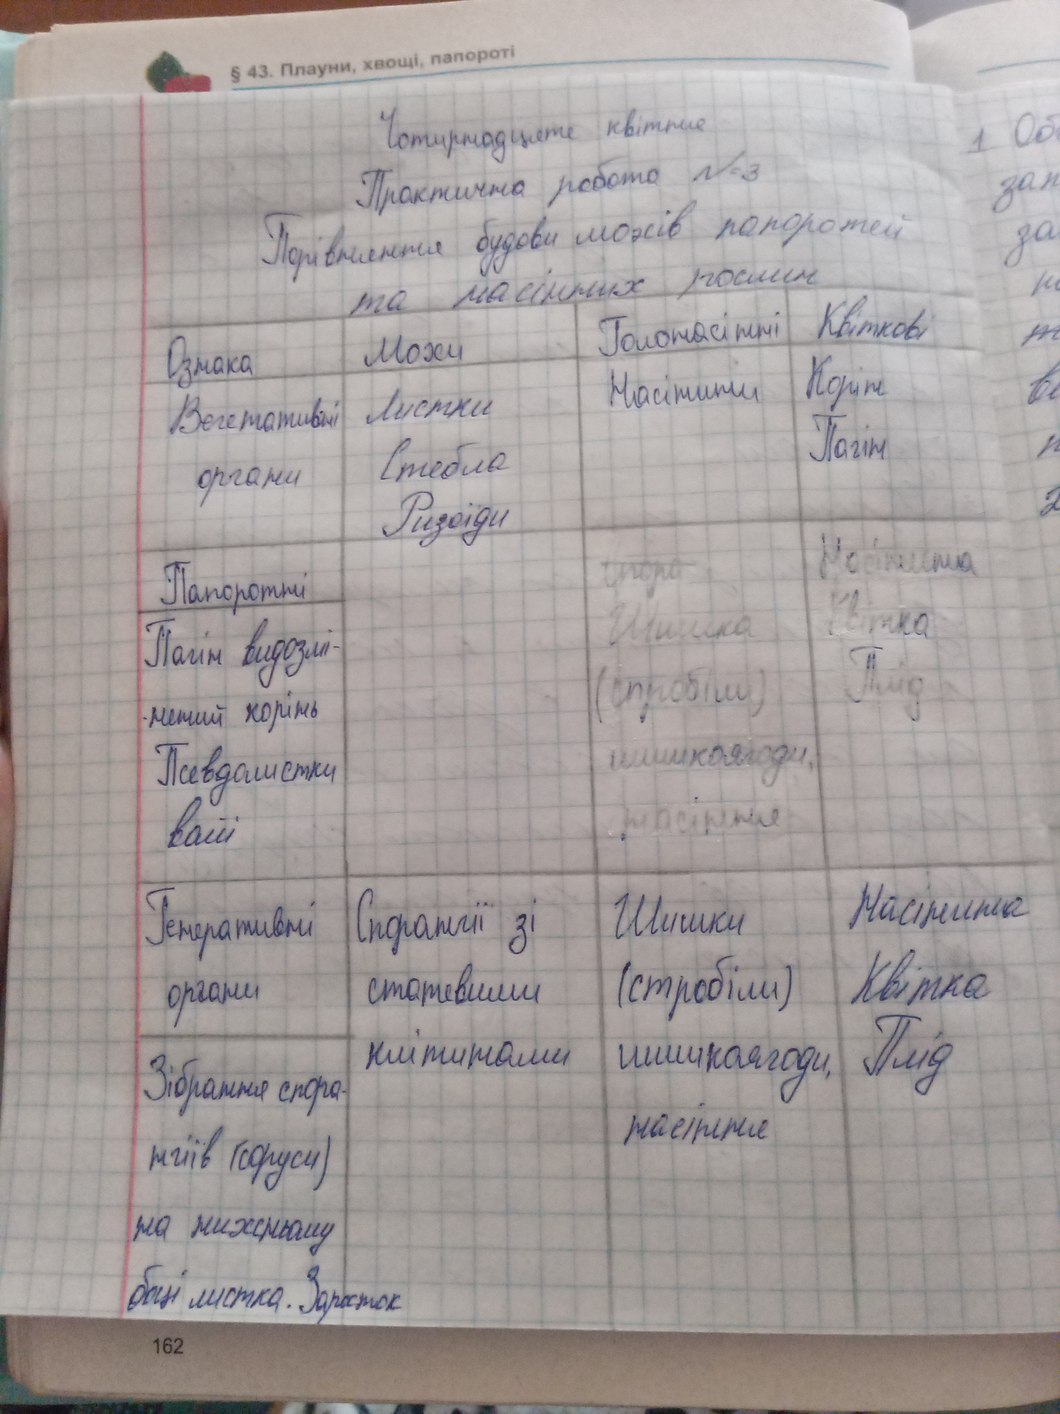
§ 43. Плауни, хвощі, папороті
Чотирнадцяте квітня
Практична робота №3
Порівняння будови мохів папоротей
та насінних рослин
Ознака | Мохи | Голонасінні | Квіткові
Вегетативні органи | Листки Стебла Ризоїди | Насінини | Корінь Пагін ||Папороті|Пагін видозмінений корінь Псевдолистки [войі ||~~споро~~Шишка (стробіли) шишкоягоди, насіння|| Насінина Квітка Плід ||  Генеративні органи|Спорангії зі статевими клітинами|Шишки (стробіли) шишкоягоди, насіння|Насінина Квітка Плід ||  Зібрання спорангіїв (соруси) на нижньому боці листка. Заросток|||
162